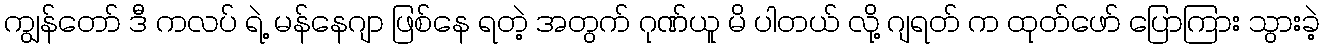
ကျွန်တော် ဒီ ကလပ် ရဲ့ မန်နေဂျာ ဖြစ်နေ ရတဲ့ အတွက် ဂုဏ်ယူ မိ ပါတယ် လို့ ဂျရတ် က ထုတ်ဖော် ပြောကြား သွားခဲ့